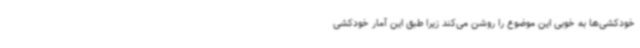
خودکشی‌ها به خوبی این موضوع را روشن می‌کند زیرا طبق این آمار خودکشی